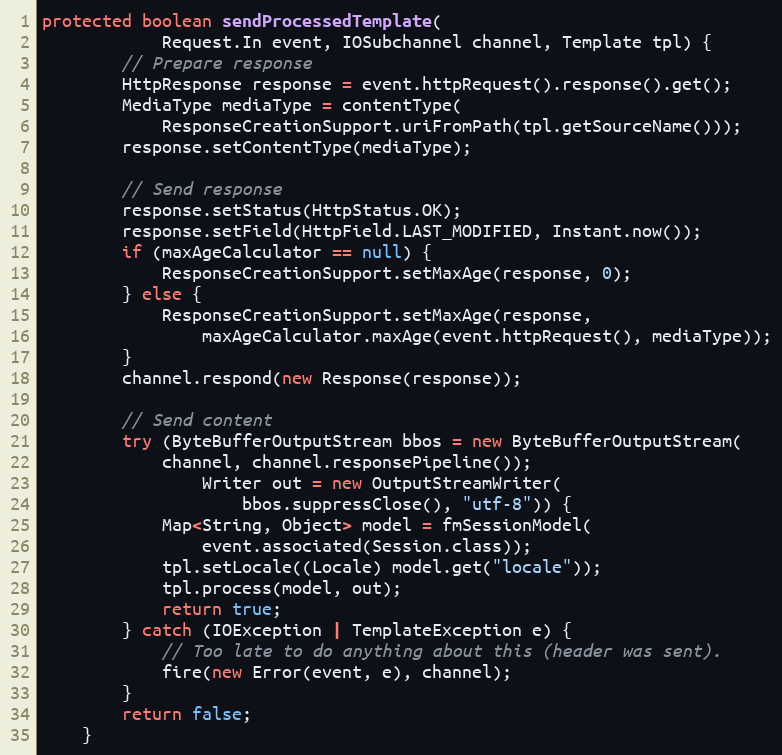
Language: Java
protected boolean sendProcessedTemplate(
            Request.In event, IOSubchannel channel, Template tpl) {
        // Prepare response
        HttpResponse response = event.httpRequest().response().get();
        MediaType mediaType = contentType(
            ResponseCreationSupport.uriFromPath(tpl.getSourceName()));
        response.setContentType(mediaType);

        // Send response
        response.setStatus(HttpStatus.OK);
        response.setField(HttpField.LAST_MODIFIED, Instant.now());
        if (maxAgeCalculator == null) {
            ResponseCreationSupport.setMaxAge(response, 0);
        } else {
            ResponseCreationSupport.setMaxAge(response,
                maxAgeCalculator.maxAge(event.httpRequest(), mediaType));
        }
        channel.respond(new Response(response));

        // Send content
        try (ByteBufferOutputStream bbos = new ByteBufferOutputStream(
            channel, channel.responsePipeline());
                Writer out = new OutputStreamWriter(
                    bbos.suppressClose(), "utf-8")) {
            Map<String, Object> model = fmSessionModel(
                event.associated(Session.class));
            tpl.setLocale((Locale) model.get("locale"));
            tpl.process(model, out);
            return true;
        } catch (IOException | TemplateException e) {
            // Too late to do anything about this (header was sent).
            fire(new Error(event, e), channel);
        }
        return false;
    }